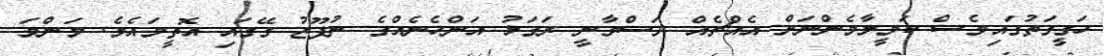
ހަގީގަތުގައިވެސް ކަމީލާމެންނަށް އެއްޗެއް ދަސްވާނީ ރަގަޅު އަންހެނެއްގެ ނުފޫޒު ގޭގައި އޮތީމައެވެ. މަންމަ